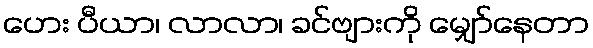
ဟေး ပီယာ၊ လာလာ၊ ခင်ဗျားကို မျှော်နေတာ